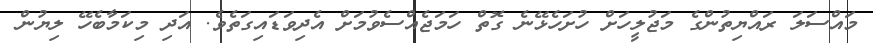
މައްސަލަ ރައްޔިތުންގެ މަޖުލީހަށް ހުށަހެޅޭނެ ގޮތް ހަމަޖެއްސެވުމަށް އެދިވަޑައިގަތެވެ. އަދި މިކަމާބެހޭ ލިޔުން